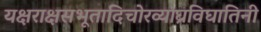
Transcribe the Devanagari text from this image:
यक्षराक्षसभूतादिचोरव्याघ्रविघातिनी